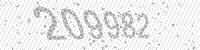
Solution: 209982